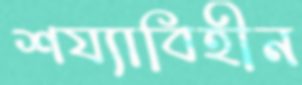
শয্যাবিহীন